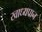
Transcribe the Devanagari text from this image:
खाध्यपान